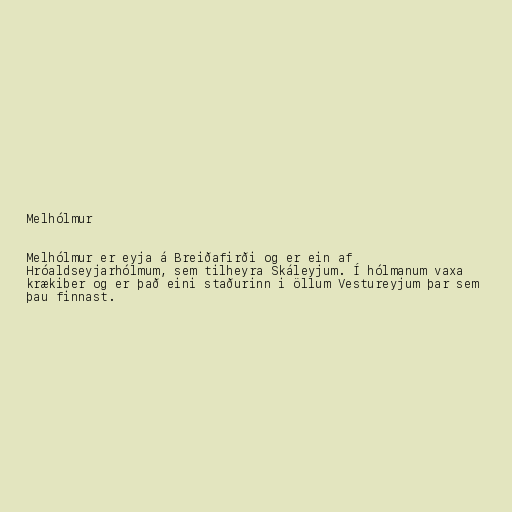
Melhólmur

Melhólmur er eyja á Breiðafirði og er ein af
Hróaldseyjarhólmum, sem tilheyra Skáleyjum. Í hólmanum vaxa
krækiber og er það eini staðurinn i öllum Vestureyjum þar sem
þau finnast.